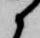
候